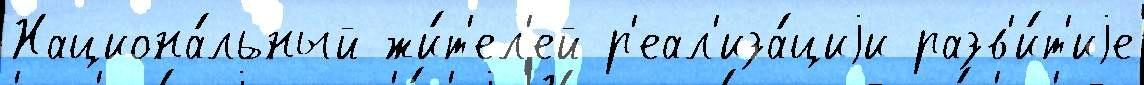
Национа́льный жи́т'ел'ей р'еал'иза́циjи разв'и́т'иjе